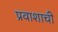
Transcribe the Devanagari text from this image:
प्रवाशाची